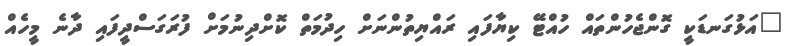
"އަޅުގަނޑަކީ ގޮންޖެހުންތައް ހުއްޓޭ ކިޔާފައި ރައްޔިތުންނަށް ހިދުމަތް ކޮށްދިނުމަށް ފުރަގަސްދީފައި ދާނެ މީހެއް